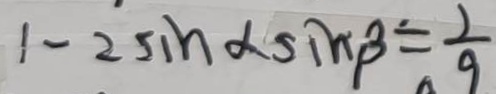
1 - 2 \sin \alpha \sin \beta = \frac { 1 } { 9 }